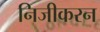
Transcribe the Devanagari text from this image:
निजीकरन